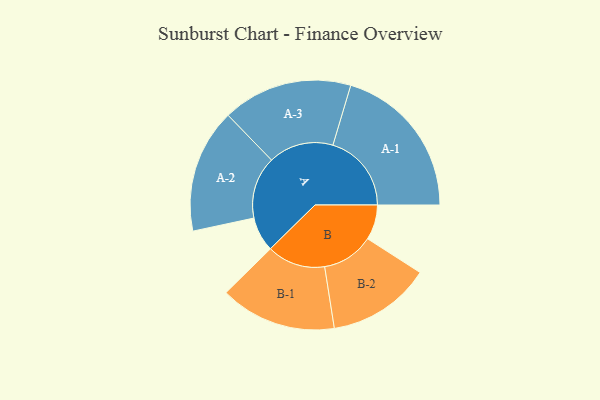
{"axis": {"x": "Segment", "y": "Value"}, "legend": ["", "A", "B"], "data": [{"x": "A", "y": 118, "type": ""}, {"x": "B", "y": 119, "type": ""}, {"x": "A-1", "y": 267, "type": "A"}, {"x": "A-2", "y": 211, "type": "A"}, {"x": "A-3", "y": 221, "type": "A"}, {"x": "B-1", "y": 198, "type": "B"}, {"x": "B-2", "y": 176, "type": "B"}]}